Scottish Leaving Certificate Examination, 1956
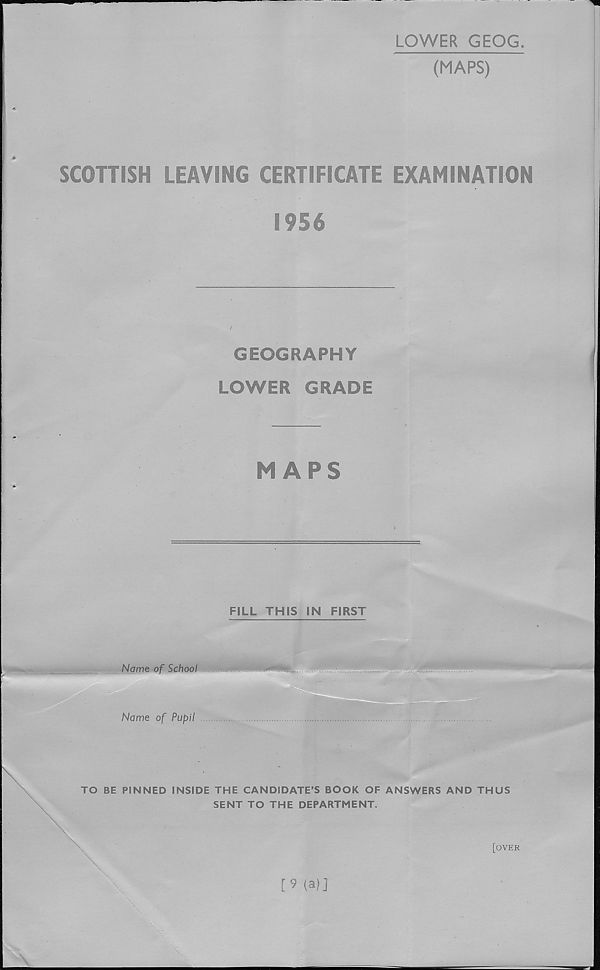
LOWER GEOG
(MAPS)
SCOTTISH LEAVING CERTIFICATE EXAMINATION
1956
GEOGRAPHY
LOWER GRADE
MAPS
FILL THIS IN FIRST